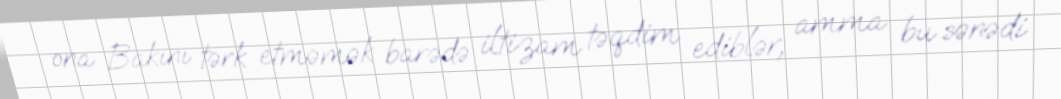
ona Bakını tərk etməmək barədə iltizam təqdim ediblər, amma bu sənədi